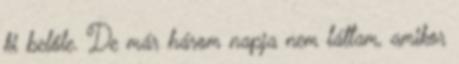
ki belőle. De már három napja nem láttam, amikor